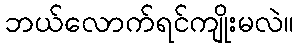
ဘယ်လောက်ရင်ကျိုးမလဲ။